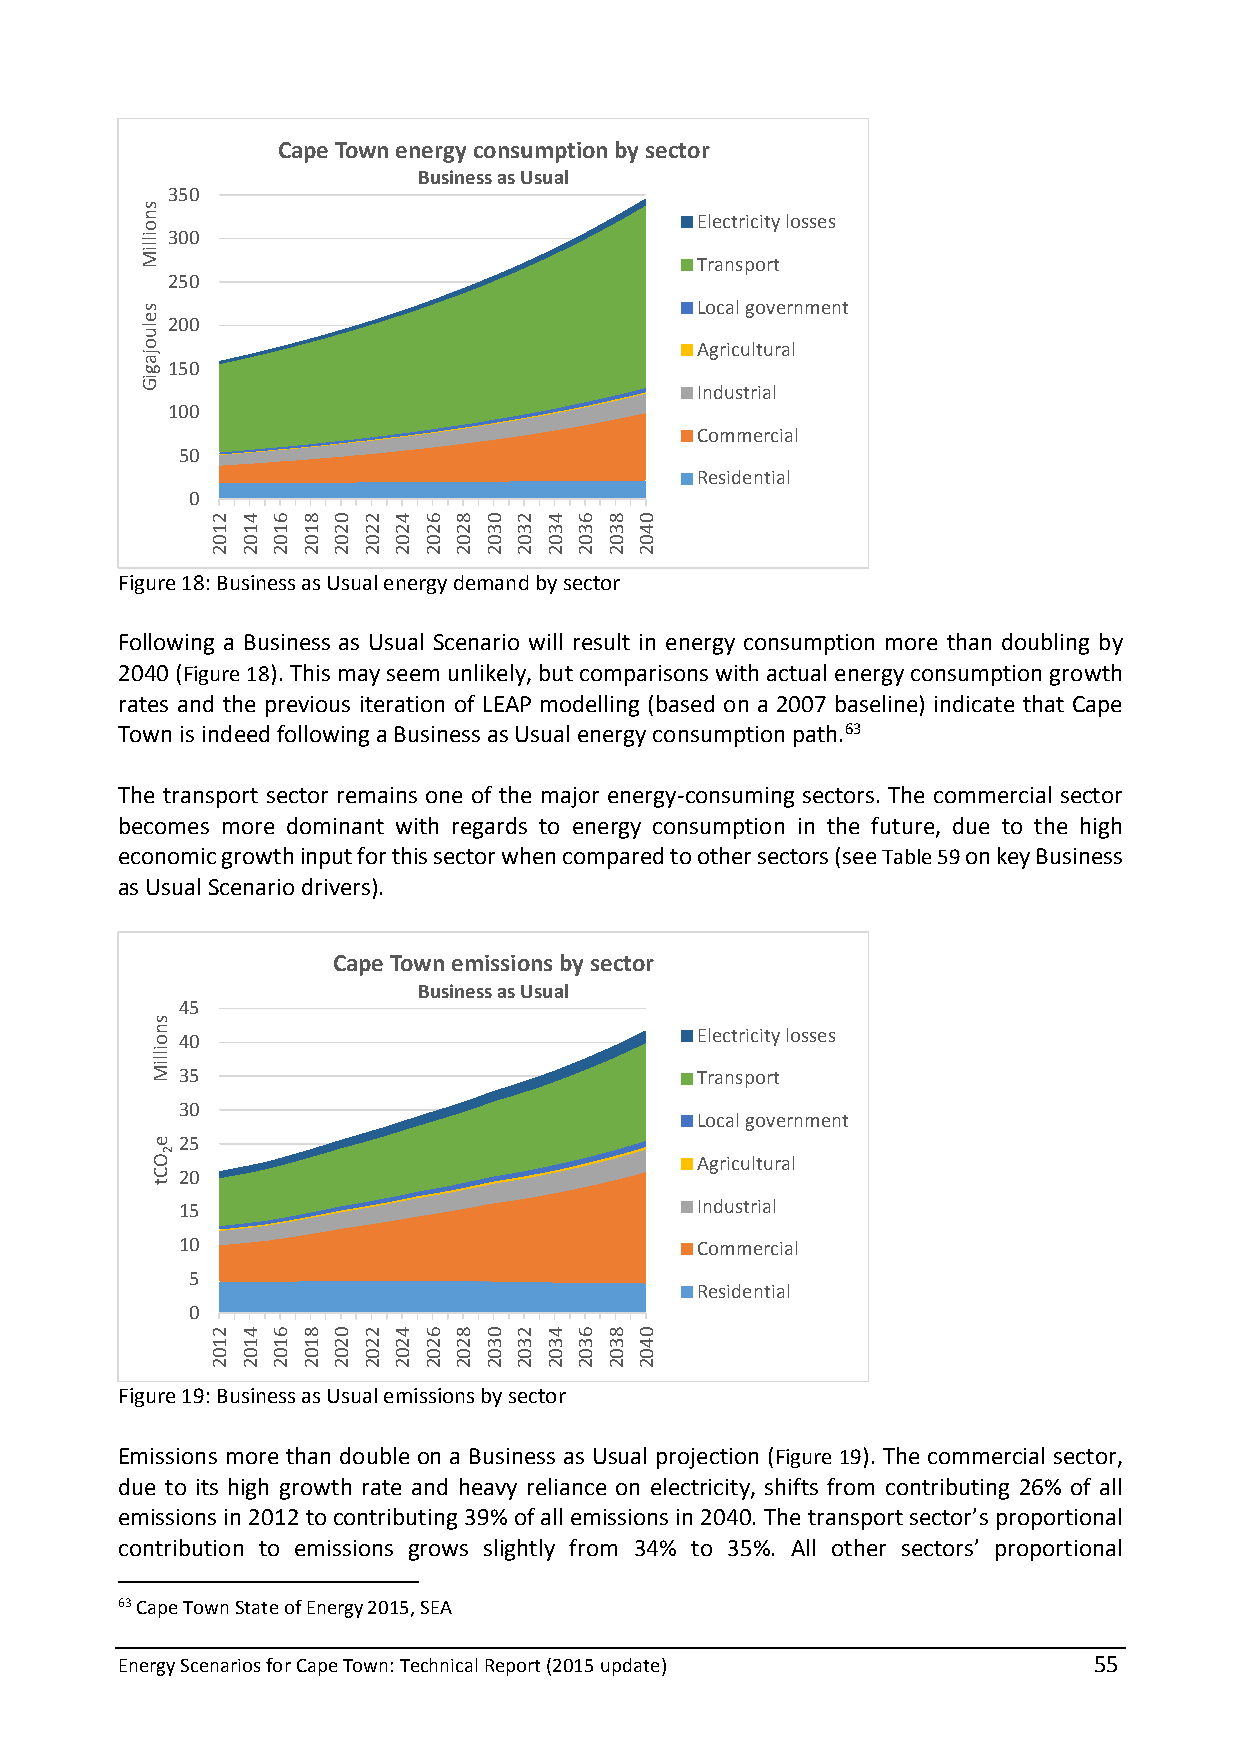
Cape Town energy consumption by sector
 Business as Usual
 350
 Electricity losses
 300
 Transport
 250
 Local government
 200
 Agricultural
 150
 Industrial
 100
 Commercial
 50
 Residential
 0
 Figure 18: Business as Usual energy demand by sector
 Following a Business as Usual Scenario will result in energy consumption more than doubling by
 2040 (Figure 18). This may seem unlikely, but comparisons with actual energy consumption growth
 rates and the previous iteration of LEAP modelling (based on a 2007 baseline) indicate that Cape
 Town is indeed following a Business as Usual energy consumption path.63
 The transport sector remains one of the major energy-consuming sectors. The commercial sector
 becomes more dominant with regards to energy consumption in the future, due to the high
 economic growth input for this sector when compared to other sectors (see Table 59 on key Business
 as Usual Scenario drivers).
 Cape Town emissions by sector
 Business as Usual
 45
 40                                Electricity losses
 35                                Transport
 30
 Local government
 25
 Agricultural
 20
 15                                Industrial
 10                                Commercial
 5
 Residential
 0
 Figure 19: Business as Usual emissions by sector
 Emissions more than double on a Business as Usual projection (Figure 19). The commercial sector,
 due to its high growth rate and heavy reliance on electricity, shifts from contributing 26% of all
 emissions in 2012 to contributing 39% of all emissions in 2040. The transport sector’s proportional
 contribution to emissions grows slightly from 34% to 35%. All other sectors’ proportional
 63 Cape Town State of Energy 2015, SEA
 Energy Scenarios for Cape Town: Technical Report (2015 update)  55
 snoilliM
 seluojagiG
 snoilliM
 e
 OCt
 2
 2102
 2102
 4102
 4102
 6102
 6102
 8102
 8102
 0202
 0202
 2202
 2202
 4202
 4202
 6202
 6202
 8202
 8202
 0302
 0302
 2302
 2302
 4302
 4302
 6302
 6302
 8302
 8302
 0402
 0402